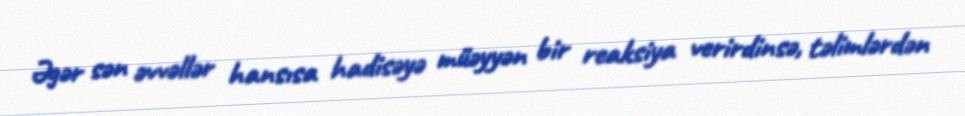
Əgər sən əvvəllər hansısa hadisəyə müəyyən bir reaksiya verirdinsə, təlimlərdən